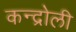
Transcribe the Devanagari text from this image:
कन्द्रोली